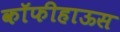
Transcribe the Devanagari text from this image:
कॉफीहाऊस